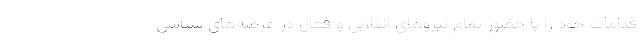
قدامات خود را با حضور تمام نیروهای انقلابی و فعال در عرصه‌های سیاسی